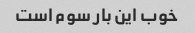
خوب این بار سوم است